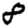
Digit: 8